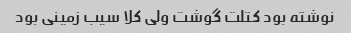
نوشته بود کتلت گوشت ولی کلا سیب زمینی بود